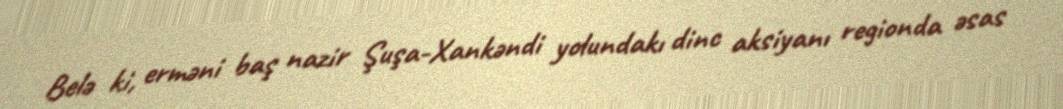
Belə ki, erməni baş nazir Şuşa-Xankəndi yolundakı dinc aksiyanı regionda əsas